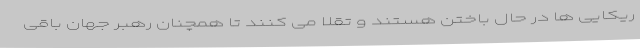
ریکایی ها در حال باختن هستند و تقلا می کنند تا همچنان رهبر جهان باقی